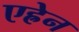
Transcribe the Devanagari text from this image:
एह्रेन